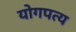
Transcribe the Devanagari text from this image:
योगपत्य